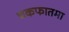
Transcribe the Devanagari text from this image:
चकफातमा